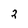
Character: 2